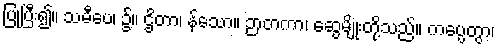
ပြုပြီး၍။ သမီပေ၊ ၌။ ဌိတာ၊ န်သော။ ဉာတကာ၊ ဆွေမျိုးတို့သည်။ ကပ္ပေတွာ၊